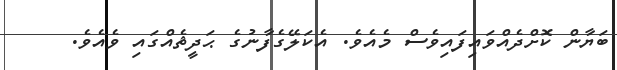
ބަޔާން ކޮށްދެއްވައިފައިވެސް މެއެވެ. އެކަލޭގެފާނުގެ ޙަދީޘެއްގައި ވެއެވެ.